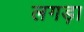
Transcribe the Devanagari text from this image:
लगड़ा